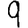
Digit: 9